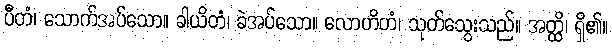
ပီတံ၊ သောက်အပ်သော။ ခါယိတံ၊ ခဲအပ်သော။ လောဟိတံ၊ သုတ်သွေးသည်။ အတ္ထိ၊ ရှိ၏။